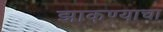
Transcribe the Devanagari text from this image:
झाकण्याचा